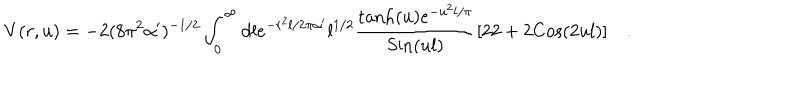
LaTeX: V ( r , u ) = - 2 ( 8 \pi ^ { 2 } \alpha ^ { \prime } ) ^ { - 1 / 2 } \int _ { 0 } ^ { \infty } d l e ^ { - r ^ { 2 } l / 2 \pi \alpha ^ { \prime } } { l } ^ { 1 / 2 } { \frac { \mathrm { t a n h } ( u ) e ^ { - u ^ { 2 } l / \pi } } { \mathrm { S i n } ( u l ) } } [ 2 2 + 2 \mathrm { C o s } ( 2 u l ) ] \quad .